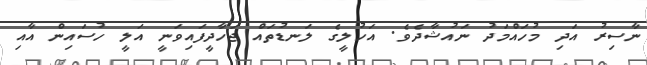
ނާސިރު އަދި މުހައްމަދު ނައުޝާދެވެ. އަހުލީގެ ލަނޑުތައް ޖަހާދީފައިވަނީ އަލީ ހުސައިން އާއި